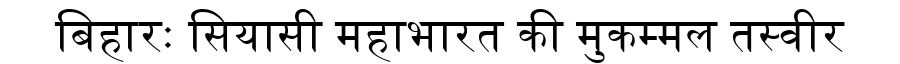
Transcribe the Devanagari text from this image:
बिहारः सियासी महाभारत की मुकम्मल तस्वीर